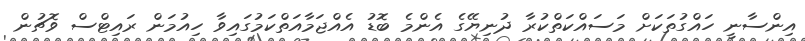
އިންސާނީ ހައްގުތަކަށް މަސައްކަތްކުރާ ދުނިޔޭގެ އެންމެ ބޮޑު އެއްޖަމާއަތްކަމުގައިވާ ހިއުމަން ރައިޓްސް ވޮޗުން